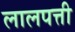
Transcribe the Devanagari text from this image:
लालपत्ती